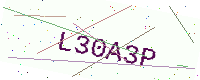
Text: L30A3P